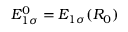
E _ { 1 \sigma } ^ { 0 } = E _ { 1 \sigma } ( R _ { 0 } )